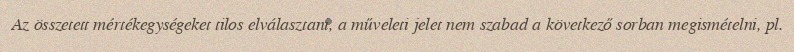
Az összetett mértékegységeket tilos elválasztani, a műveleti jelet nem szabad a következő sorban megismételni, pl.